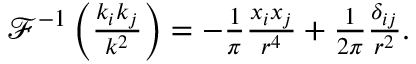
\begin{array} { r } { \mathcal { F } ^ { - 1 } \left( \frac { k _ { i } k _ { j } } { k ^ { 2 } } \right) = - \frac { 1 } { \pi } \frac { x _ { i } x _ { j } } { r ^ { 4 } } + \frac { 1 } { 2 \pi } \frac { \delta _ { i j } } { r ^ { 2 } } . } \end{array}